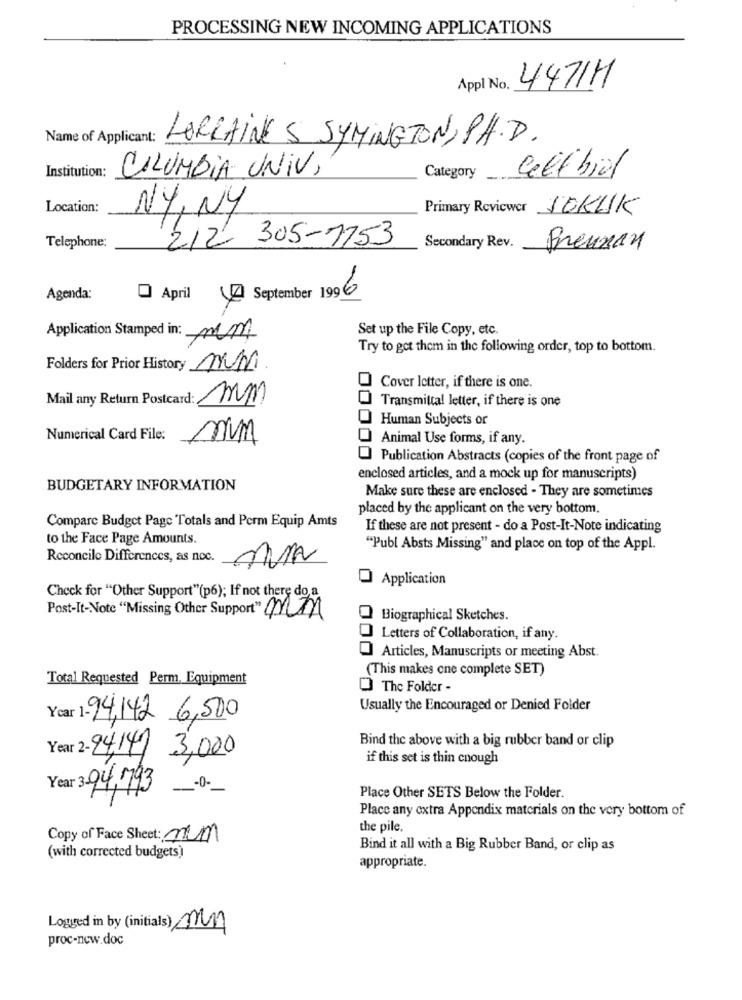
PROCESSING NEW INCOMING APPLICATIONS
Appl No.
4471H
LORRAINE S SYMINGTON, PH.D.
Institution:
COLUMBIA UNIV,
Category
Cell biol
Location:
NY, NY
Primary Reviewer JEKUK
212 305-1753
Telephone:
Secondary Rev.
Freunan
42September 199 6
Agenda:
O April
Set up the File Copy, etc.
Application Stamped in: mm
Try to get them in the following order, top to bottom.
Folders for Prior History MM
Cover letter, if there is one.
Mail any Return Postcard: mm
Transmittal letter, if there is one
Human Subjects or
Numerical Card File:
MM
Animal Use forms, if any.
Publication Abstracts (copies of the front page of
enclosed articles, and a mock up for manuscripts)
BUDGETARY INFORMATION
Make sure these are enclosed - They are sometimes
placed by the applicant on the very bottom.
Comparc Budget Page Totals and Perm Equip Amts
If these are not present - do a Post-It-Note indicating
to the Face Page Amounts.
"Publ Absts Missing" and place on top of the Appl.
Reconcile Differences, as noc.
Application
Check for "Other Support"(p6); If not there do a
Post-It-Note "Missing Other Support" MA
Biographical Sketches.
Letters of Collaboration, if any.
Articles, Manuscripts or meeting Abst.
(This makes cne complete SET)
Total Requested Perm, Equipment
O The Folder -
Usually the Encouraged or Denied Folder
94,142 6,500
Bind the above with a big rubber band or clip
Year 2- 94,14/ 3,000
if this set is thin cnough
Year 3 94,793
-0-
Place Other SETS Below the Folder.
Place any extra Appendix materials on the very bottom of
the pile.
Copy of Face Sheet: nem
Bind it all with a Big Rubber Band, or clip as
(with corrected budgets)
appropriate.
Logged in by (initials) my
proc-new.doc